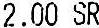
2.00 SR